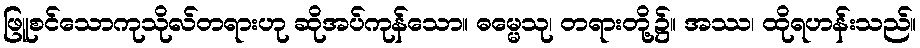
ဖြူစင်သောကုသိုလ်တရားဟု ဆိုအပ်ကုန်သော။ ဓမ္မေသု၊ တရားတို့၌။ အဿ၊ ထိုရဟန်းသည်။